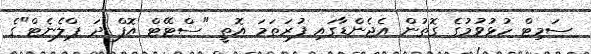
ސަމިޓް ހުޅުވުމުގެ ގޮތުން އެޖެންޑާގައި ފުރަތަމަ އޮތީ "ސްޓޭޓް އޮފް ދަ ޕްލެނެޓް"ގެ